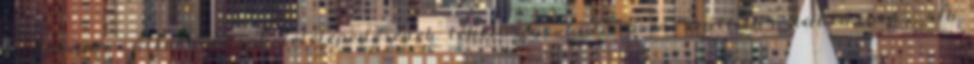
és közepes vállalkozások letelepedésének lehetősége, különösen szállítás, raktározás, stb